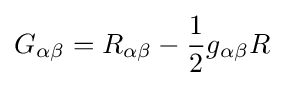
G_{\alpha \beta }=R_{\alpha \beta }-{1 \over 2}g_{\alpha \beta }R